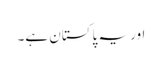
اور یہ پاکستان ہے۔